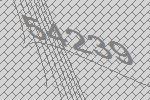
54239